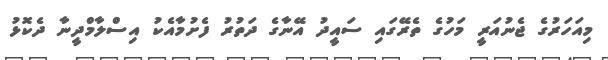
މިއަހަރުގެ ޖެނުއަރީ މަހުގެ ތެރޭގައި ސައީދު އޭނާގެ ދަތުރު ފެށުމާއެކު އިސްލާމްދީނާ ދެކޮޅު